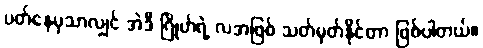
ပတ်နေမှသာလျှင် အဲဒီ ဂြိုဟ်ရဲ့ လအဖြစ် သတ်မှတ်နိုင်တာ ဖြစ်ပါတယ်။